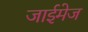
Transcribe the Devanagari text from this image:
जाईमेज